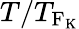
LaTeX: T/T_{\mathrm{F_{\mathrm{K}}}}